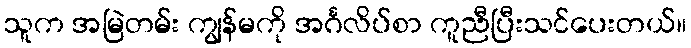
သူက အမြဲတမ်း ကျွန်မကို အင်္ဂလိပ်စာ ကူညီပြီးသင်ပေးတယ်။